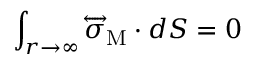
\int _ { r \to \infty } \overleftrightarrow { \boldsymbol { \sigma } } _ { \mathrm { M } } \cdot d \boldsymbol { S } = 0